Report on vaccination North-West Frontier Province 1904-1922 - 1904-1922
Year: 1904
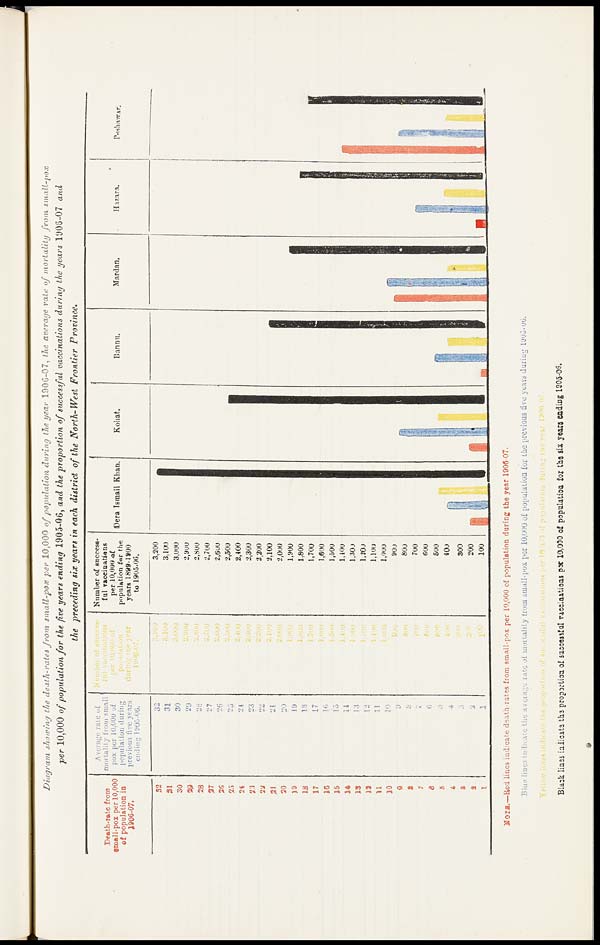
Diagram showing the death-rates from small-pox per 10,000 of population during the year 1906-07, the average rate of mortality from
small-pox
per 10,000 of population for the five years ending 1905-06, and the proportion of successful vaccinations during the years 1905-07 and
the preceding six years in each district of the North-West
Frontier
Province.